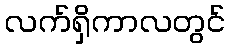
လက်ရှိကာလတွင်